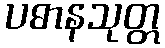
ပဓာနသုတ္တ